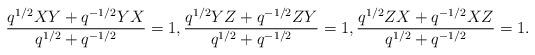
LaTeX: \begin{align*} \frac{q^{1/2}XY+q^{-1/2}YX}{q^{1/2}+q^{-1/2}}=1,\frac{q^{1/2}YZ+q^{-1/2} ZY}{q^{1/2}+q^{-1/2}}=1,\frac{q^{1/2}ZX+q^{-1/2} XZ}{q^{1/2}+q^{-1/2}}=1.\end{align*}